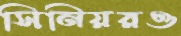
সিনিয়রও